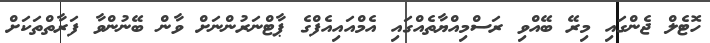
ހޮޓެލް ޖެންގައި މިރޭ ބޭއްވި ރަސްމިއްޔާތެއްގައި އެމްއައިއެފްގެ ޕާޓްނަރުންނަށް ވާން ބޭނުންވާ ފަރާތްތަކަށް